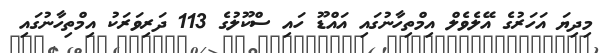
މިދިޔަ އަހަރުގެ އޭލެވެލް އިމްތިހާނުގައި އައްޑޫ ހައި ސްކޫލުގެ 113 ދަރިވަރަކު އިމްތިހާނުގައި